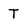
Character: T